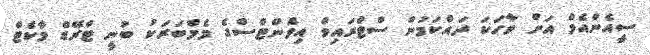
ސީއެންއެމް އަށް ވާހަކަ ދައްކަމުން ސްޓްރައިވް އިވެންޓްސްގެ މެމްބަރަކު ބުނީ ޓްރޭޑް މާކެޓް